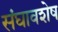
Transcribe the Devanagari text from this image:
संघावशेष